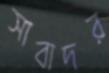
সাবাদর